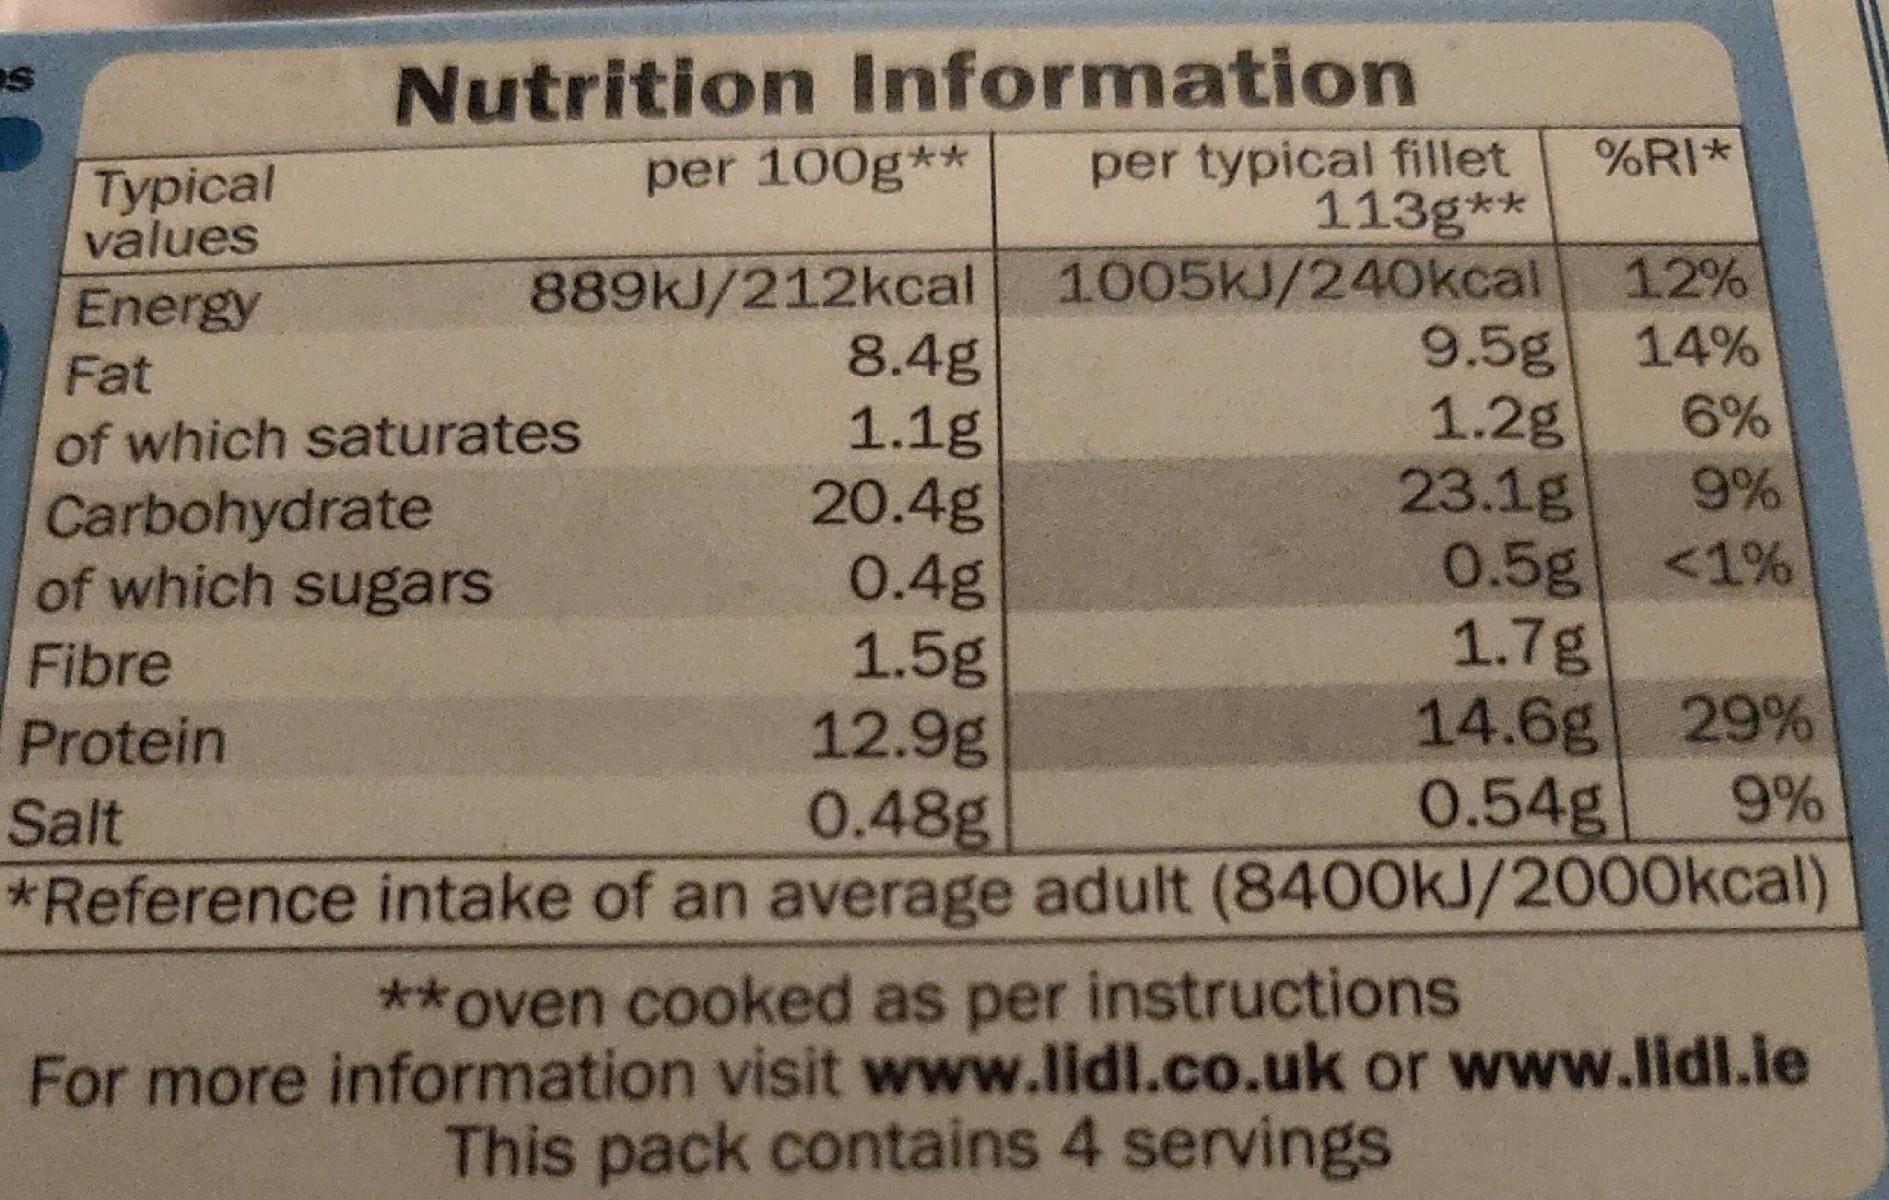
Nutrition Information per typical fillet 113g** %RI* per 100g** Typical values 889kJ/212kcal 1005KJ/240kcal 8.4g 1.1g 20.4g 0.4g 1.5g 12.9g 0.48g *Reference intake of an average adult (8400KJ/2000kcal) 12% Energy Fat 9.5g 14% 6% 1.2g 23.1g 0.5g <1% 1.7g 14.6g 29% 0.54g of which saturates 9% Carbohydrate of which sugars Fibre Protein 9% Salt **oven cooked as per instructions For more information visit www.lidl.co.uk or www.lidl.ie This pack contains 4 servings